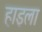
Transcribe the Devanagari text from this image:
हाइला